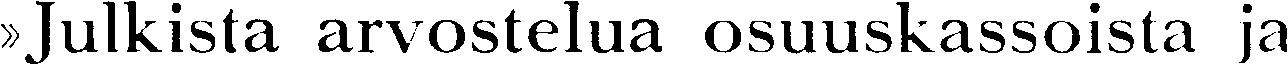
»Julkista arvostelua osuuskassoista ja